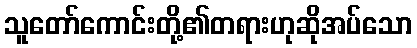
သူတော်ကောင်းတို့၏တရားဟုဆိုအပ်သော